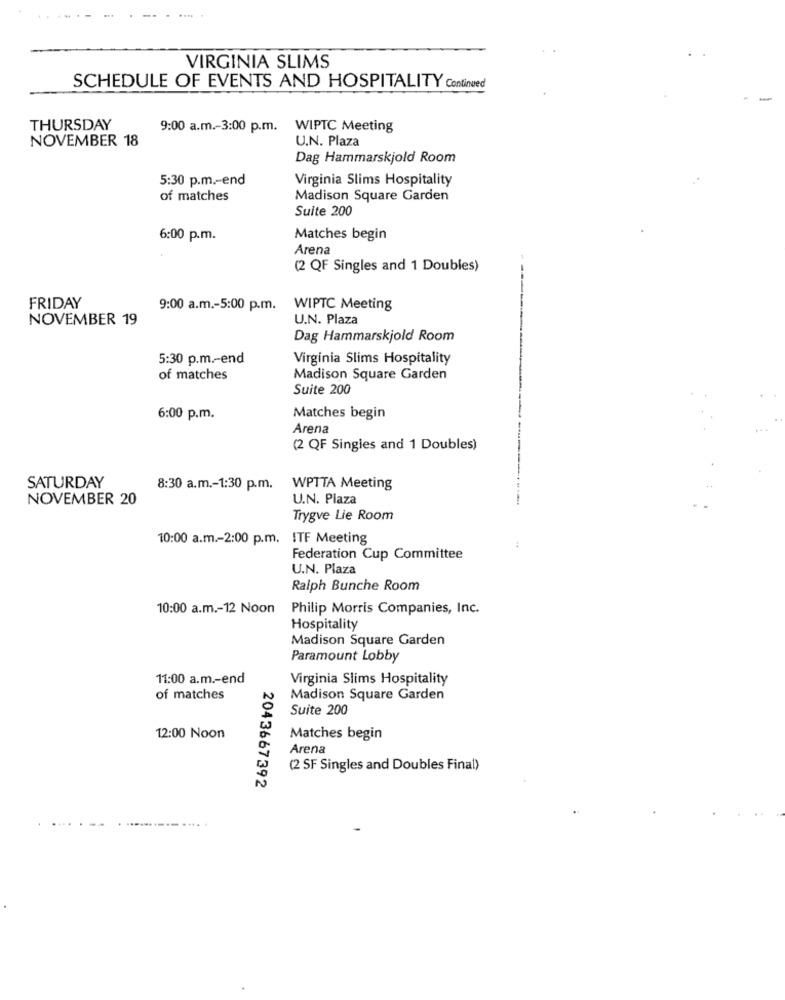
VIRGINIA SLIMS
SCHEDULE OF EVENTS AND HOSPITALITY Continued
THURSDAY
9:00 a.m .- 3:00 p.m. WIPTC Meeting
NOVEMBER 18
U.N. Plaza
Dag Hammarskjold Room
5:30 p.m .- end
Virginia Slims Hospitality
of matches
Madison Square Garden
Suite 200
6:00 p.m.
Matches begin
Arena
(2 QF Singles and 1 Doubles)
FRIDAY
9:00 a.m .- 5:00 p.m.
WIPTC Meeting
NOVEMBER 19
U.N. Plaza
Dag Hammarskjold Room
5:30 p.m .- end
Virginia Slims Hospitality
of matches
Madison Square Garden
Suite 200
6:00 p.m.
Matches begin
Arena
(2 QF Singles and 1 Doubles)
SATURDAY
8:30 a.m .- 1:30 p.m.
WPTTA Meeting
NOVEMBER 20
U.N. Plaza
Trygve Lie Room
10:00 a.m .- 2:00 p.m. ITF Meeting
Federation Cup Committee
U.N. Plaza
Ralph Bunche Room
10:00 a.m .- 12 Noon
Philip Morris Companies, Inc.
Hospitality
Madison Square Garden
Paramount Lobby
11:00 a.m .- end
Virginia Slims Hospitality
of matches
Madison Square Garden
Suite 200
12:00 Noon
Matches begin
Arena
(2 SF Singles and Doubles Final)
2043667392
. ...... ........ .